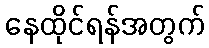
နေထိုင်ရန်အတွက်